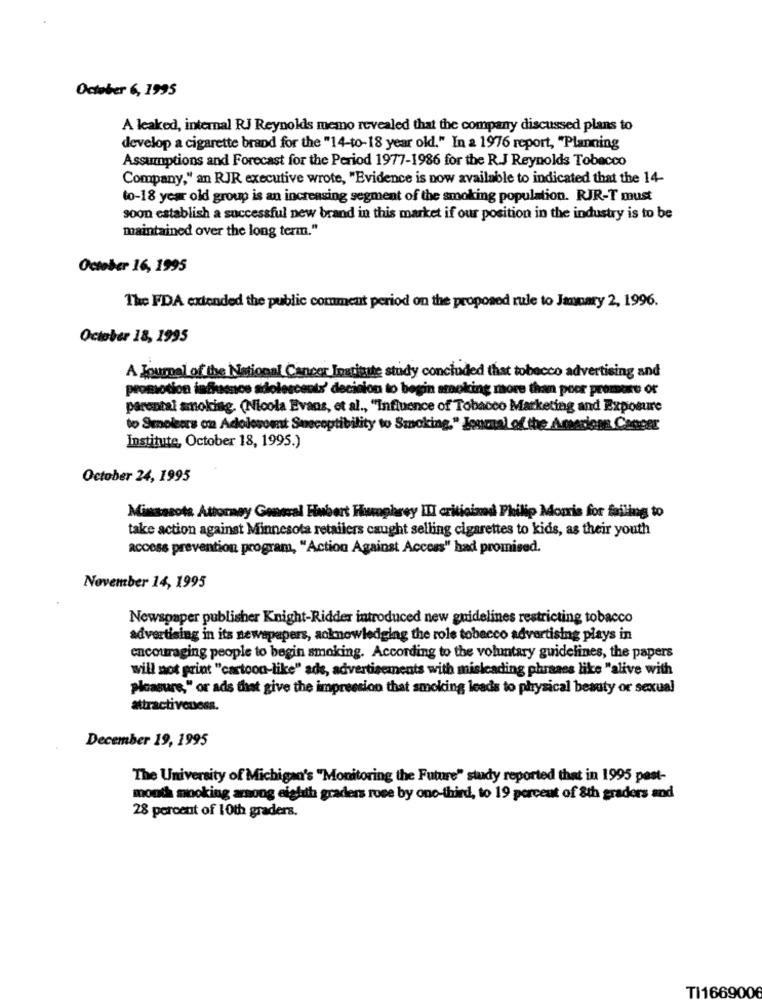
October 6, 1995
A leaked, internal RJ Reynolds memo revealed that the company discussed plans to
develop a cigarette brand for the "14-to-18 year old." In a 1976 report, "Planning
Assumptions and Forecast for the Period 1977-1986 for the R.J Reynolds Tobacco
Company," an RJR executive wrote, "Evidence is now available to indicated that the 14-
to-18 year old group is an increasing segment of the smoking population. RJR-T must
soon establish a successful new brand in this market if our position in the industry is to be
maintained over the long term."
October 16, 1995
The FDA extended the public comment period on the proposed rule to January 2, 1996.
October 18, 1995
A journal of the National Cancer Institute study concluded that tobacco advertising and
promotion influence adolescents' decision to begin smoking more than poor promore or
parental smoking. (Nicola Evans, et al ., "Influence of Tobacco Marketing and Exposure
to Smokers on Adolescent Susceptibility to Smoking." Encual of the Amarone Cancer
Institute, October 18, 1995.)
October 24, 1995
Minsasota Attorney General Hubert Humphrey ITI criticized Philip Morris for failing to
take action against Minnesota retailers caught selling cigarettes to kids, as their youth
access prevention program, "Action Against Access" had promised.
November 14, 1995
Newspaper publisher Knight-Ridder introduced new guidelines restricting tobacco
advertising in its newspapers, acknowledging the role tobacco advertising plays in
encouraging people to begin smoking. According to the voluntary guidelines, the papers
will not print "cartoon-like" ads, advertisements with misleading phrases like "alive with
pleasure," or ads that give the impression that smoking leads to physical beauty or sexual
attractiveness.
December 19, 1995
The University of Michigan's "Monitoring the Future" study reported that in 1995 past-
month mnoking among eighth graders rose by one-third, to 19 percent of 8th graders and
28 percent of 10th graders.
TI1669006